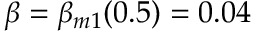
\beta = \beta _ { m 1 } ( 0 . 5 ) = 0 . 0 4